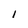
Character: 1